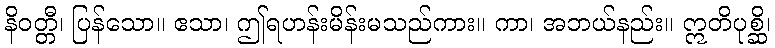
နိဝတ္တီ၊ ပြန်သော။ ဧသာ၊ ဤရဟန်းမိန်းမသည်ကား။ ကာ၊ အဘယ်နည်း။ ဣတိပုစ္ဆိ၊